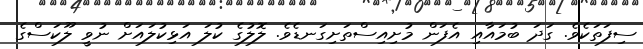
ސިފަތަކެވެ. ގަދަ ބުމައާއި އެފަން މުށިއިސްތަށިގަނޑެވެ. ލޮލުގެ ކުލަ އަޅިކުލައަށް ނުވީ ލޫކަސްގެ